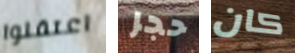
اعتقلوا حجر كان